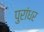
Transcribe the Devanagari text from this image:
पुरांधर